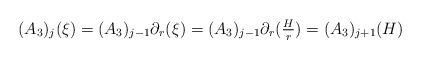
LaTeX: \begin{align*}(A_3)_j (\xi) = (A_3)_{j-1} \partial_r (\xi) = (A_3)_{j-1} \partial_r (\tfrac{H}{r}) = (A_3)_{j+1} (H)\end{align*}